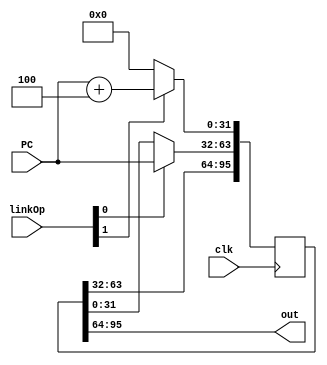
module LinkQueue(clk, linkOp, PC, out);
    input  clk;
    input  [1:0] linkOp;
    input  [31:0] PC;
    output [31:0] out;
    
    // IF阶段的要3个delay，ID阶段的要2个delay
    reg [95:0] queue;
    // 因为是连续赋值，所以实际上实现了先写后读
    assign out = queue[95:64];

    always @(posedge clk) begin
        // 移位
        queue[95:64] <= queue[63:32];
        // 检查ID请求位，被IF设置的数据不可能再被ID设置了，因为ID阶段的新指令正是上次的指令
        queue[63:32] <= (linkOp[0] ? PC : queue[31:0]);
        // 检查IF请求位
        queue[31:0]  <= (linkOp[1] ? (PC + 4) : 32'd0);
    end
endmodule